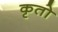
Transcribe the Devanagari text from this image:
कृतो